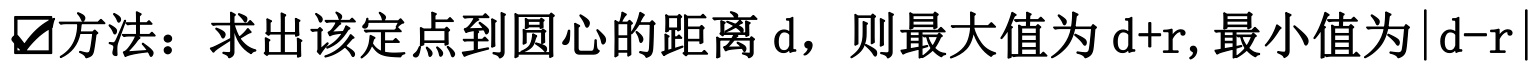
✔方法：求出该定点到圆心的距离 \(d\)，则最大值为 \(d + r\), 最小值为\(\vert d - r\vert\)